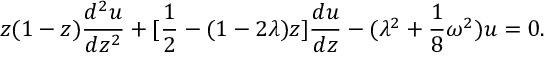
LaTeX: z ( 1 - z ) { \frac { d ^ { 2 } u } { d z ^ { 2 } } } + [ { \frac { 1 } { 2 } } - ( 1 - 2 \lambda ) z ] { \frac { d u } { d z } } - ( \lambda ^ { 2 } + { \frac { 1 } { 8 } } \omega ^ { 2 } ) u = 0 .